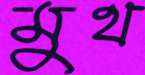
মুথ